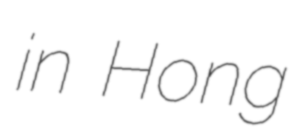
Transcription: in Hong